Report on vaccination in Madras 1904-1921 - 1904-1921
Year: 1904
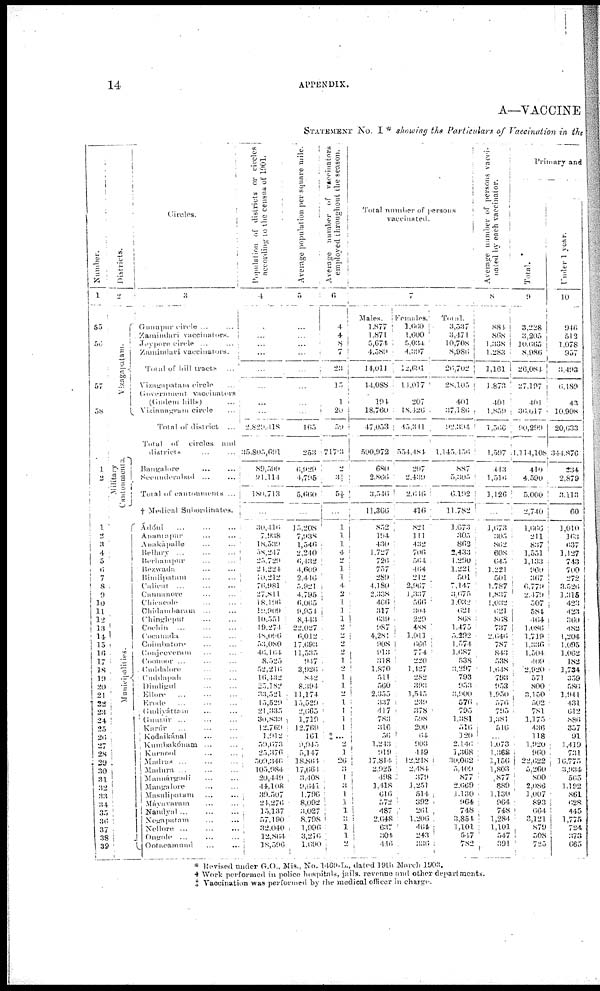
14
APPENDIX.
A—VACCINE
STATEMENT NO. I * showing the Particulars of Vaccination in the
Number.
1
55
56
57
58
1
2
1
2
3
4
5
6
7
8
9
10
11
12
13
14
15
16
17
18
19
20
21
22
23
24
25
26
27
28
20
30
31
32
33
34
35
36
37
38
39
Districts.
2
Vizagapatam.
Military
Cantonments.
Municipalities.
Circles.
3
Gunupur circle ...
...
Zamindari vaccinators.
Jeypore circle
...
...
Zamindari vaccinators.
Total of hill tracts
...
Vizagapatam circle ...
Government vaccinators
(Gudem hills)
...
Vizianagram circle ...
Total of district ...
Total of circles and
districts
...
...
Bangalore
...
...
Secunderabad ...
...
Total of cantonments ...
† Medical Subordinates.
Ádóni ... ... ...
Anantapur
...
...
Anakápalle
...
...
Bellary
...
...
...
Berhampur
...
...
Bezwada
...
...
Bimlipatam
...
...
Calicut
...
...
...
Cannanore ... ...
Chicacole ... ...
Chidambaram ... ...
Chingleput ... ...
Cochin ... ... ...
Cocanada ... ...
Coimbatore ... ...
Conjeeveram ... ...
Coonoor ... ... ...
Cuddalore ... ...
Cuddapah ... ...
Dindigul ... ...
Ellore
...
...
...
Erode ... ... ...
Gudiyáttam ... ...
Guntúr ... ... ...
Karúr
...
...
...
Koduikánal
...
...
Kumbakónam ... ...
Kurnool ... ...
Madras
...
...
...
Madura
...
...
...
Mannárgudi ... ...
Mangalore ... ...
Masulipatam
...
...
Máyavaram ... ...
Nandyal ... ... ...
Negapatam
...
...
Nellore ... ... ...
Ongole ...
Ootucamund ... ...
Population of districts or circles
according to the census of 1901.
4
...
...
...
...
...
...
...
...
2,829,418
35,805,691
89,599
91,114
180,713
...
30,416
7,938
18,539
58,247
25,729
24,224
10,212
70,981
27,811
18,196
19,909
10,551
19,274
48,096
53,080
46,164
8,525
52,216
16,432
25,182
33,521
15,529
21,335
30,833
12,769
1,912
59,673
25,376
509,346
105,984
20,449
44,108
39,507
24,276
15,137
57,190
32,040
12,864
18,596
Average population per square mile.
5
...
...
...
...
...
...
...
...
165
253
6,929
4,795
5,660
...
15,208
7,938
1,546
2,240
6,432
4,609
2,446
5,921
4,795
6,065
9,954
8,443
22,027
6,012
17,693
11,535
947
3,926
842
8,394
11,174
15,529
2,665
1,719
12,769
161
9,915
5,147
18,864
17,664
3,408
9,641
1,796
8,092
3,027
8,798
1,996
3,216
1,690
Average number of vaccinators
employed throughout the season.
6
4
4
8
7
23
15
1
20
59
717.3
2
3½
5½
...
1
1
1
4
2
1 1
4
2
1
1
1
2
2
2
2
1
2
1
1
2
1
1
1
1
‡...
2
1
26
3
1
3
1
1
1
3
1
1
2
Total number of persons
vaccinated.
7
Males.
1,877
1,871
5,674
4,589
14,011
14,088
194
18,760
47,053
590,972
680
2,866
3,546
11,366
852
194
430
1,727
726
757
289
4,180
2,338
466
317
639
987
4,281
908
913
318
1,870
511
560
2,355
337
417
783
316
56
1,243
919
17,814
2,925
498
1,418
616
572
487
2,648
637
304
446
Females.
1,660
1,600
5,034
4,397
12,691
11,017
207
18,426
45,311
554,481
207
2,439
2,646
416
821
111
432
706
564
464
212
2,967
1,337
566
304
229
488
1,011
666
774
220
1,127
282
393
1,545
239
378
598
200
64
903
449
12,248
2,484
379
1,251
514
392
261
1,206
464
243
336
Total.
3,537
3,471
10,708
8,986
26,702
28,105
401
37,186
92,394
1,145,456
887
5,305
6,192
11,782
1,673
305
862
2,433
1,290
1,221
501
7,147
3,075
1,032
621
868
1,475
5,292
1,574
1,687
538
3,297
793
953
3,900
576
795
1,381
516
120
2,146
1,368
30,062
5,409
877
2,669
1,130
964
748
3,854
1,101
547
782
Average number of persons vacci¬
nated by each vaccinator.
8
884
868
1,338
1,283
1,161
1,873
401
1,859
1,566
1,597
443
1,516
1,126
...
1,673
305
862
608
645
1,221
501
1,787
1,837
1,032
621
868
737
2,646
787
843
538
1,648
793
953
1,950
576
795
1,381
516
...
1,073
1,368
1,156
1,803
877
889
1,130
964
748
1,284
1,101
547
391
Primary and
Total.
9
3,228
3,205
10,665
8,986
26,084
27,197
401
36,617
90,299
1,114,108
410
4,590
5,000
2,740
1,666
211
837
1,551
1,133
960
367
6,779
2,479
507
584
464
1,086
1,719
1,336
1,504
409
2,920
571
800
3,150
502
781
1,175
436
118
1,920
960
22,622
5,260
800
2,086
1,007
893
664
3,121
879
508
725
Under 1 year.
10
946
512
1,078
957
3,493
6,189
43
10,908
20,633
344,876
234
2,879
3,113
60
1,010
163
637
1,127
743
700
272
3,526
1,315
423
423
360
482
1,204
1,095
1,062
182
1,734
359
586
1,941
431
612
886
357
91
1,419
731
36,775
3,934
565
1,192
861
628
445
1,775
724
373
665
* Revised under G.O., Mis., No. 1469-L., dated 19th March 1903.
† Work performed in police hospitals, jails, revenue and other departments.
‡ Vaccination was performed by the medical officer in charge.